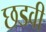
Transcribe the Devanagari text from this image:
छडवी